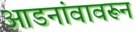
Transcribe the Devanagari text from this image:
आडनांवावरून